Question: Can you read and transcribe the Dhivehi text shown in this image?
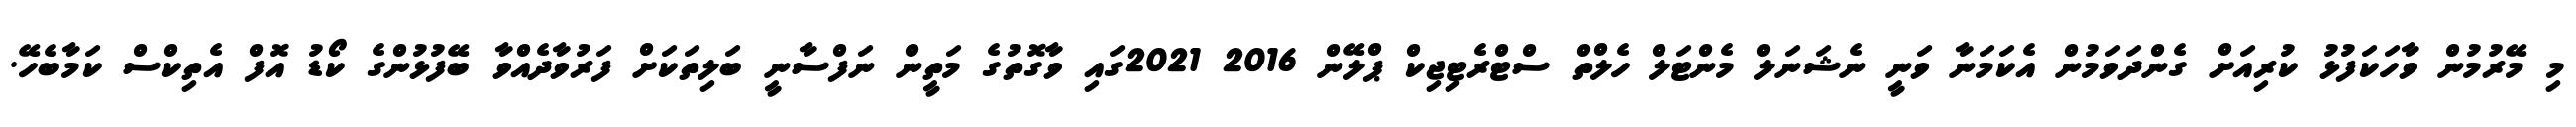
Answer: މި މޭރުމުން ވާހަކަފުޅު ކުރިއަށް ގެންދަވަމުން އެކަމަނާ ވަނީ ނެޝަނަލް މެންޓަލް ހެލްތް ސްޓްރެޓިޖިކް ޕްލޭން 2016 2021ގައި ވާގޮތުގެ މަތީން ނަފްސާނީ ބަލިތަކަށް ފަރުވާދެއްވާ ބޭފުޅުންގެ ކޯޑު އޮފް އެތިކްސް ކަމާބެހޭ.